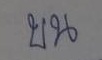
บน